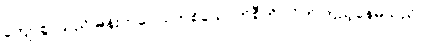
ကျော်စွာသည် မိန်းကလေး တစ်ယောက်စီကို လိုက်ကြည့်နေမိသည်။